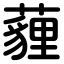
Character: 薶